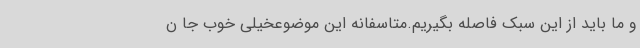
و ما باید از این سبک فاصله بگیریم.متاسفانه این موضوعخیلی خوب جا ن